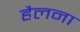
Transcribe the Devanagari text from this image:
हैलना